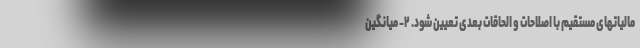
مالیاتهای مستقیم با اصلاحات و الحاقات بعدی تعیین شود. ۲- میانگین